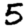
Digit: 5